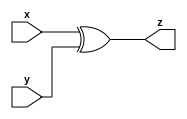
`timescale 1ns / 1ps
//////////////////////////////////////////////////////////////////////////////////
// Company: 
// Engineer: 
// 
// Design Name: 
// Module Name:    xor_1 
// Project Name: 
// Target Devices: 
// Tool versions: 
// Description: 
//
// Dependencies: 
//
// Revision: 
// Revision 0.01 - File Created
// Additional Comments: 
//
//////////////////////////////////////////////////////////////////////////////////
module xor_1(
    input x,
    input y,
    output z
    );

assign z=(x^y);
endmodule